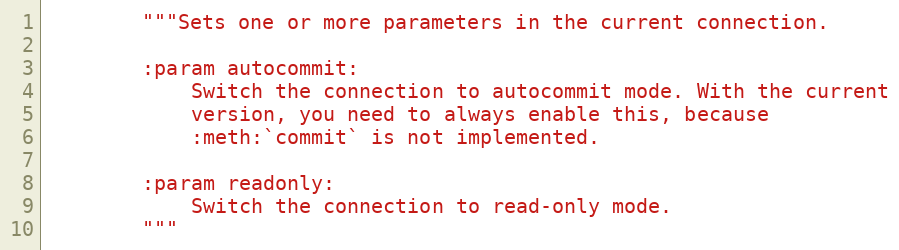
Language: Python
        """Sets one or more parameters in the current connection.

        :param autocommit:
            Switch the connection to autocommit mode. With the current
            version, you need to always enable this, because
            :meth:`commit` is not implemented.

        :param readonly:
            Switch the connection to read-only mode.
        """